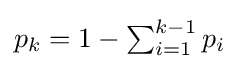
{\textstyle p_{k}=1-\sum _{i=1}^{k-1}p_{i}}